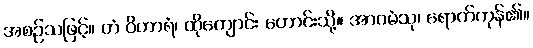
အစဉ်သဖြင့်။ တံ ဝိဟာရံ၊ ထိုကျောင်း ဟောင်းသို့။ အာဂမံသု၊ ရောက်ကုန်၏။